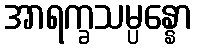
အာရက္ခသမ္ပန္နော